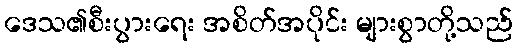
ဒေသ၏စီးပွားရေး အစိတ်အပိုင်း များစွာတို့သည်